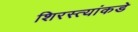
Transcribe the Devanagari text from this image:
शिरस्त्यांकडे